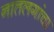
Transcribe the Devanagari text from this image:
नातलगांचा